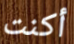
أكنت